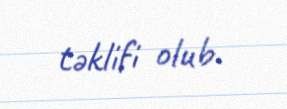
təklifi olub.